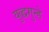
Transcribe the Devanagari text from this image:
युद्धगुन्हे